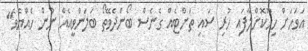
އަވަހަށް ހިހޫކޮށްލާފައި ހުރި ސައި ތަށްޓެއް ގެނެސް ބޯންދެވޭތޯ ބަލަންވީއެއް ނުން ހެއްޔެވެ"